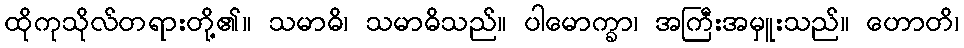
ထိုကုသိုလ်တရားတို့၏။ သမာဓိ၊ သမာဓိသည်။ ပါမောက္ခာ၊ အကြီးအမှူးသည်။ ဟောတိ၊